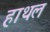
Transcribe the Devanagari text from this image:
हाथल